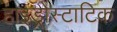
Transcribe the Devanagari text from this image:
हाइड्रोस्टाटिक